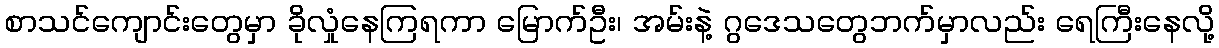
စာသင်ကျောင်းတွေမှာ ခိုလှုံနေကြရကာ မြောက်ဦး၊ အမ်းနဲ့ ဂွဒေသတွေဘက်မှာလည်း ရေကြီးနေလို့